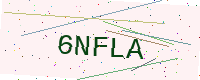
Text: 6NFLA